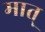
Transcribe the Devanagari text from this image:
मात्